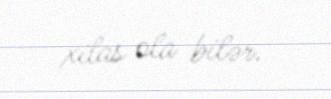
xilas ola bilər.